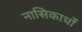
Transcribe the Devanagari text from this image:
नासिकार्धों